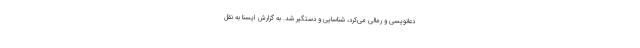
دعانویسی و رمالی می‌کرد، شناسایی و دستگیر شد. به گزارش ایسنا به نقل